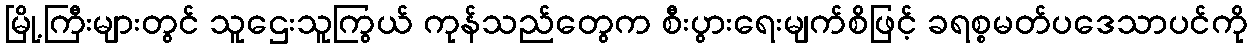
မြို့ကြီးများတွင် သူဌေးသူကြွယ် ကုန်သည်တွေက စီးပွားရေးမျက်စိဖြင့် ခရစ္စမတ်ပဒေသာပင်ကို